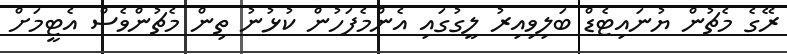
ރޭގެ މެޗުން ޔުނައިޓެޑް ބަލިވިއިރު ލީގުގައި އެންމެފަހުން ކުޅުނު ތިން މެޗުންވެސް އެޓީމަށް